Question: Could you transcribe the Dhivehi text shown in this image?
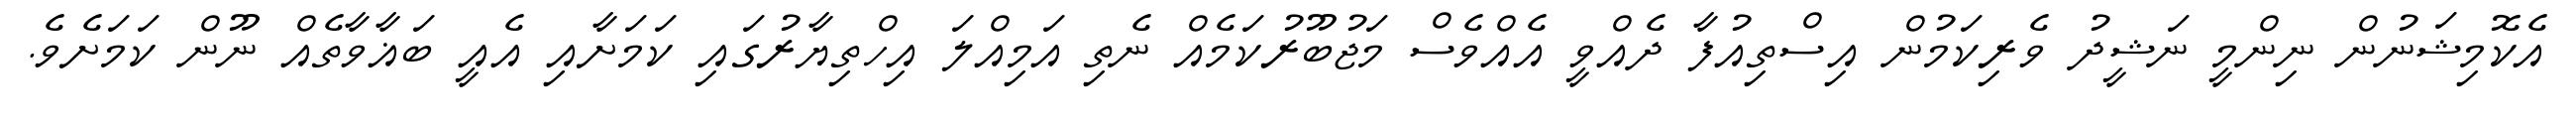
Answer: އެކޮމިޝަނުން ނިންމީ ނަޝީދު ވެރިކަމުން އިސްތިއުފާ ދެއްވީ އެއްވެސް މަޖުބޫރުކަމެއް ނެތި އަމިއްލަ އިހްތިޔާރުގައި ކަމަށާއި އެއީ ބަޣާވާތެއް ނޫން ކަމަށެވެ.